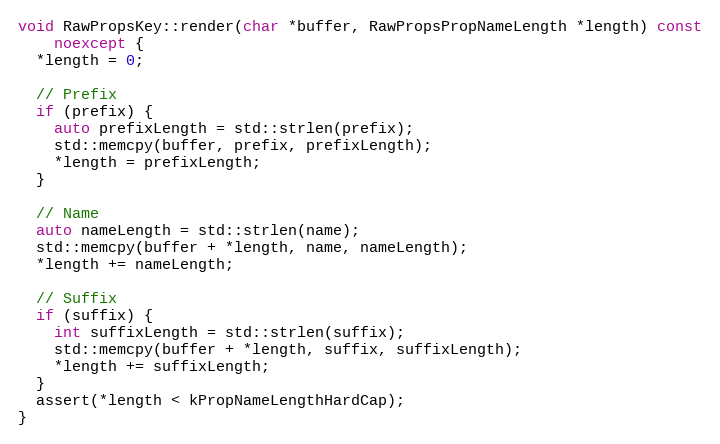
Language: C++
void RawPropsKey::render(char *buffer, RawPropsPropNameLength *length) const
    noexcept {
  *length = 0;

  // Prefix
  if (prefix) {
    auto prefixLength = std::strlen(prefix);
    std::memcpy(buffer, prefix, prefixLength);
    *length = prefixLength;
  }

  // Name
  auto nameLength = std::strlen(name);
  std::memcpy(buffer + *length, name, nameLength);
  *length += nameLength;

  // Suffix
  if (suffix) {
    int suffixLength = std::strlen(suffix);
    std::memcpy(buffer + *length, suffix, suffixLength);
    *length += suffixLength;
  }
  assert(*length < kPropNameLengthHardCap);
}